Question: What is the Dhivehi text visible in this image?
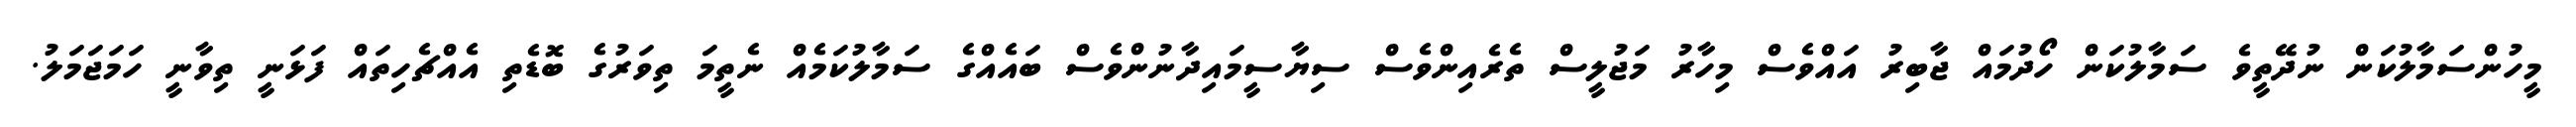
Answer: މީހުންސަމާލުކަން ނުދޭތީވެ ސަމާލުކަން ހޯދުމައް ޖާބިރު އައްވެސް މިހާރު މަޖުލީސް ތެރެއިންވެސް ސިޔާސީމައިދާނުންވެސް ބައެއްގެ ސަމާލުކަމެއް ނެތީމަ ތިވަރުގެ ބޮޑެތި އެއްޗެހިތައް ފަޅަނީ ތިވާނީ ހަމަޖަމަލު.